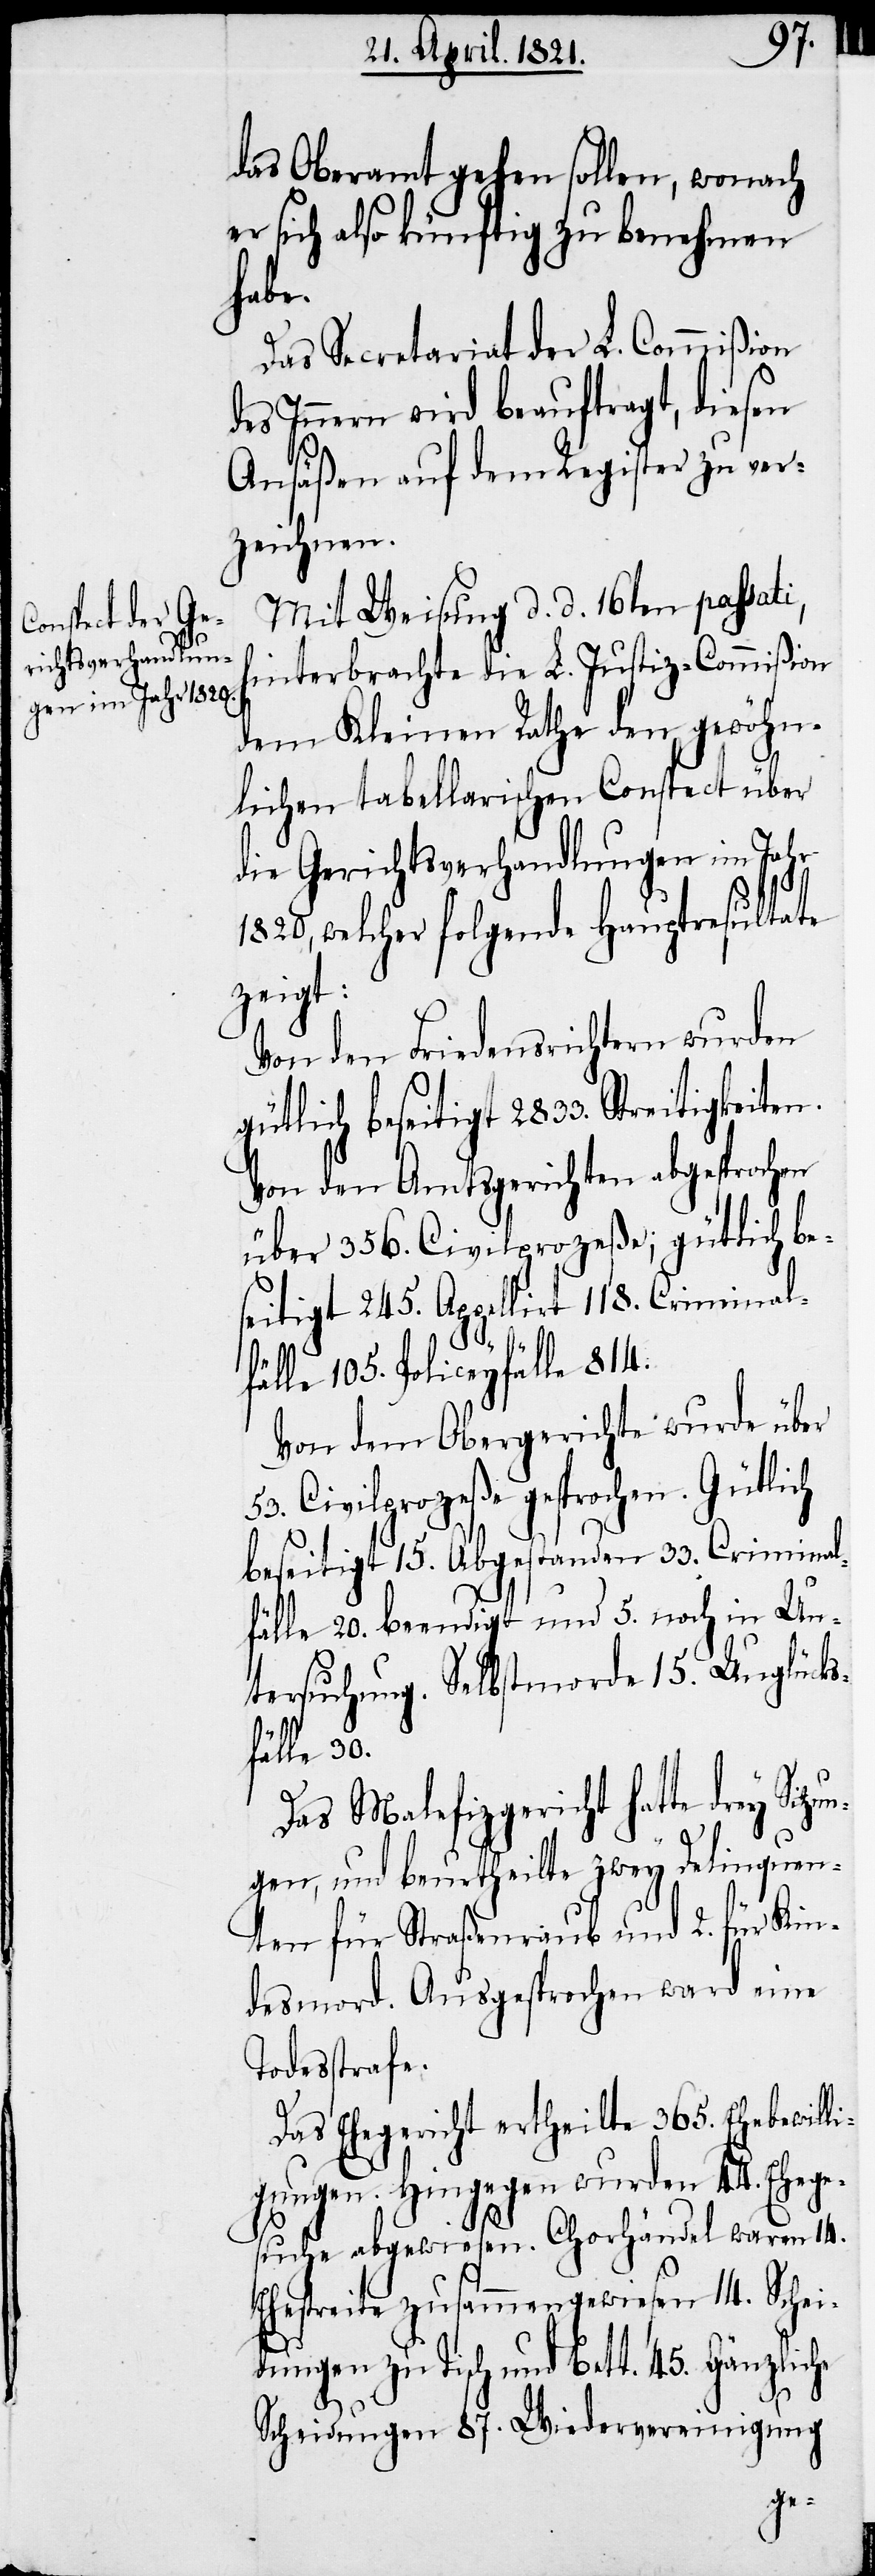
das Oberamt gehen sollen, wonach
er sich also künftig zu benehmen
habe.
Das Secretariat der L. Commißion
es Innern wird beauftragt, diesen
Anäßen auf dem Register zu ver¬
zeichnen.
Mit Weisung d. d. 16ten passati,
hinterbrachte die L. Justiz-Commißion
dem Kleinen Rathe den gewöhn¬
lichen tabellarischen Conspect über
die Gerichtsverhandlungen im Jahr
1820, welcher folgende Hauptresultate
zeigt:
Von den Friedensrichtern wurden
gütlich beseitigt 2833. Streitigkeite¬
Von den Amtsgerichten abgesprochen
über 356. Civilprozeße; gütlich be¬
seitigt 245. Appellirt 118. Criminal¬
fälle 105. Policeyfälle 814.
Von dem Obergerichte wurde über
53. Civilprozeße gesprochen. Gütlich
beseitigt 15. Abgestanden 33. Criminal¬
fälle 20. beendigt und 5. noch in Un¬
tersuchung. Selbstmorde 15. Unglücks¬
fälle 30.
Das Malefizgericht hatte drey Sitzu¬
n¬
gen, und beurtheilte zwey Delinquen¬
ten für Straßenraub und 2. für Kin¬
dsmord. Ausgesprochen ward eine
Todesstrafe.
Das Ehegericht ertheilte 365. Ehebewilli¬
gungen. Hingegen wurden 44. Ehege¬
suche abgewiesen. Chorhändel waren 14.
Ehestreite zusammengewiesen 14. Schei¬
dungen zu Tisch und Bett 45. Gänzliche
Scheidungen 87. Wiedervereinigung